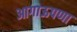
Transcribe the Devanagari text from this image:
आगाऊपणा